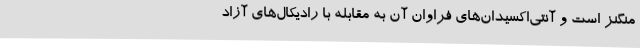
منگنز است و ‌آنتی‌اکسیدان‌های فراوان آن به مقابله با رادیکال‌های آزاد